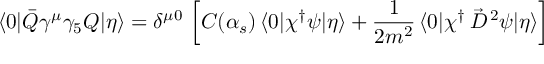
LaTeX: \langle 0 | \bar { Q } \gamma ^ { \mu } \gamma _ { 5 } Q | \eta \rangle = \delta ^ { \mu 0 } \, \left[ C ( \alpha _ { s } ) \, \langle 0 | \chi ^ { \dagger } \psi | \eta \rangle + \frac { 1 } { 2 m ^ { 2 } } \, \langle 0 | \chi ^ { \dagger } \, \vec { D } ^ { \, 2 } \psi | \eta \rangle \right]